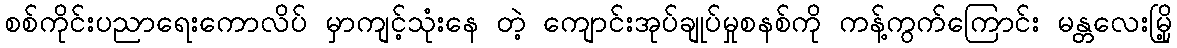
စစ်ကိုင်းပညာရေးကောလိပ် မှာကျင့်သုံးနေ တဲ့ ကျောင်းအုပ်ချုပ်မှုစနစ်ကို ကန့်ကွက်ကြောင်း မန္တလေးမြို့